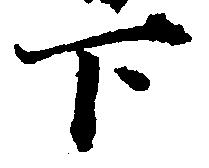
下